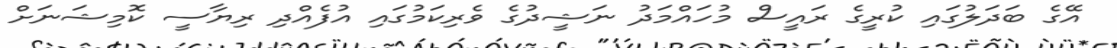
އޭގެ ބަދަލުގައި ކުރީގެ ރައީސް މުހައްމަދު ނަޝީދުގެ ވެރިކަމުގައި އުފެއްދި ރިޔާސީ ކޮމިޝަނަށް